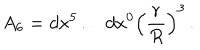
LaTeX: A _ { 6 } = d x ^ { 5 } \dots d x ^ { 0 } \left( \frac r R \right) ^ { 3 } \, .